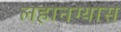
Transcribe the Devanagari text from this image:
लहानग्यास